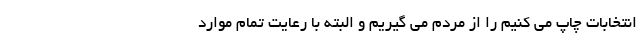
انتخابات چاپ می کنیم را از مردم می گیریم و البته با رعایت تمام موارد